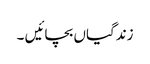
زندگیاں بچائیں ۔